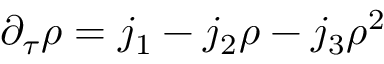
\partial _ { \tau } \rho = j _ { 1 } - j _ { 2 } \rho - j _ { 3 } \rho ^ { 2 }